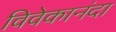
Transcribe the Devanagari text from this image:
विवेकानंदा